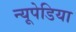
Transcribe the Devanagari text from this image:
न्यूपेडिया